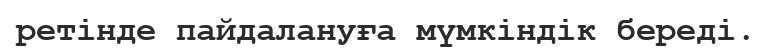
ретінде пайдалануға мүмкіндік береді.